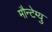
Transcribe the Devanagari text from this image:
मौन्टेग्यु